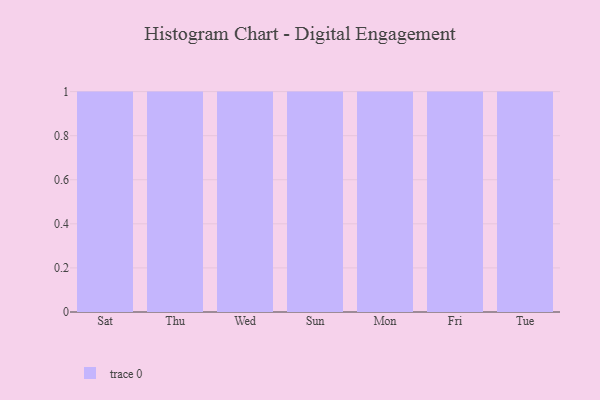
{"axis": {"x": "Day", "y": "Waste Production (Tons)"}, "legend": [""], "data": [{"x": "Sat", "y": 8, "type": ""}, {"x": "Thu", "y": 61, "type": ""}, {"x": "Wed", "y": 49, "type": ""}, {"x": "Sun", "y": 27, "type": ""}, {"x": "Mon", "y": 29, "type": ""}, {"x": "Fri", "y": 60, "type": ""}, {"x": "Tue", "y": 57, "type": ""}]}